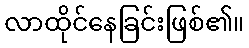
လာထိုင်နေခြင်းဖြစ်၏။